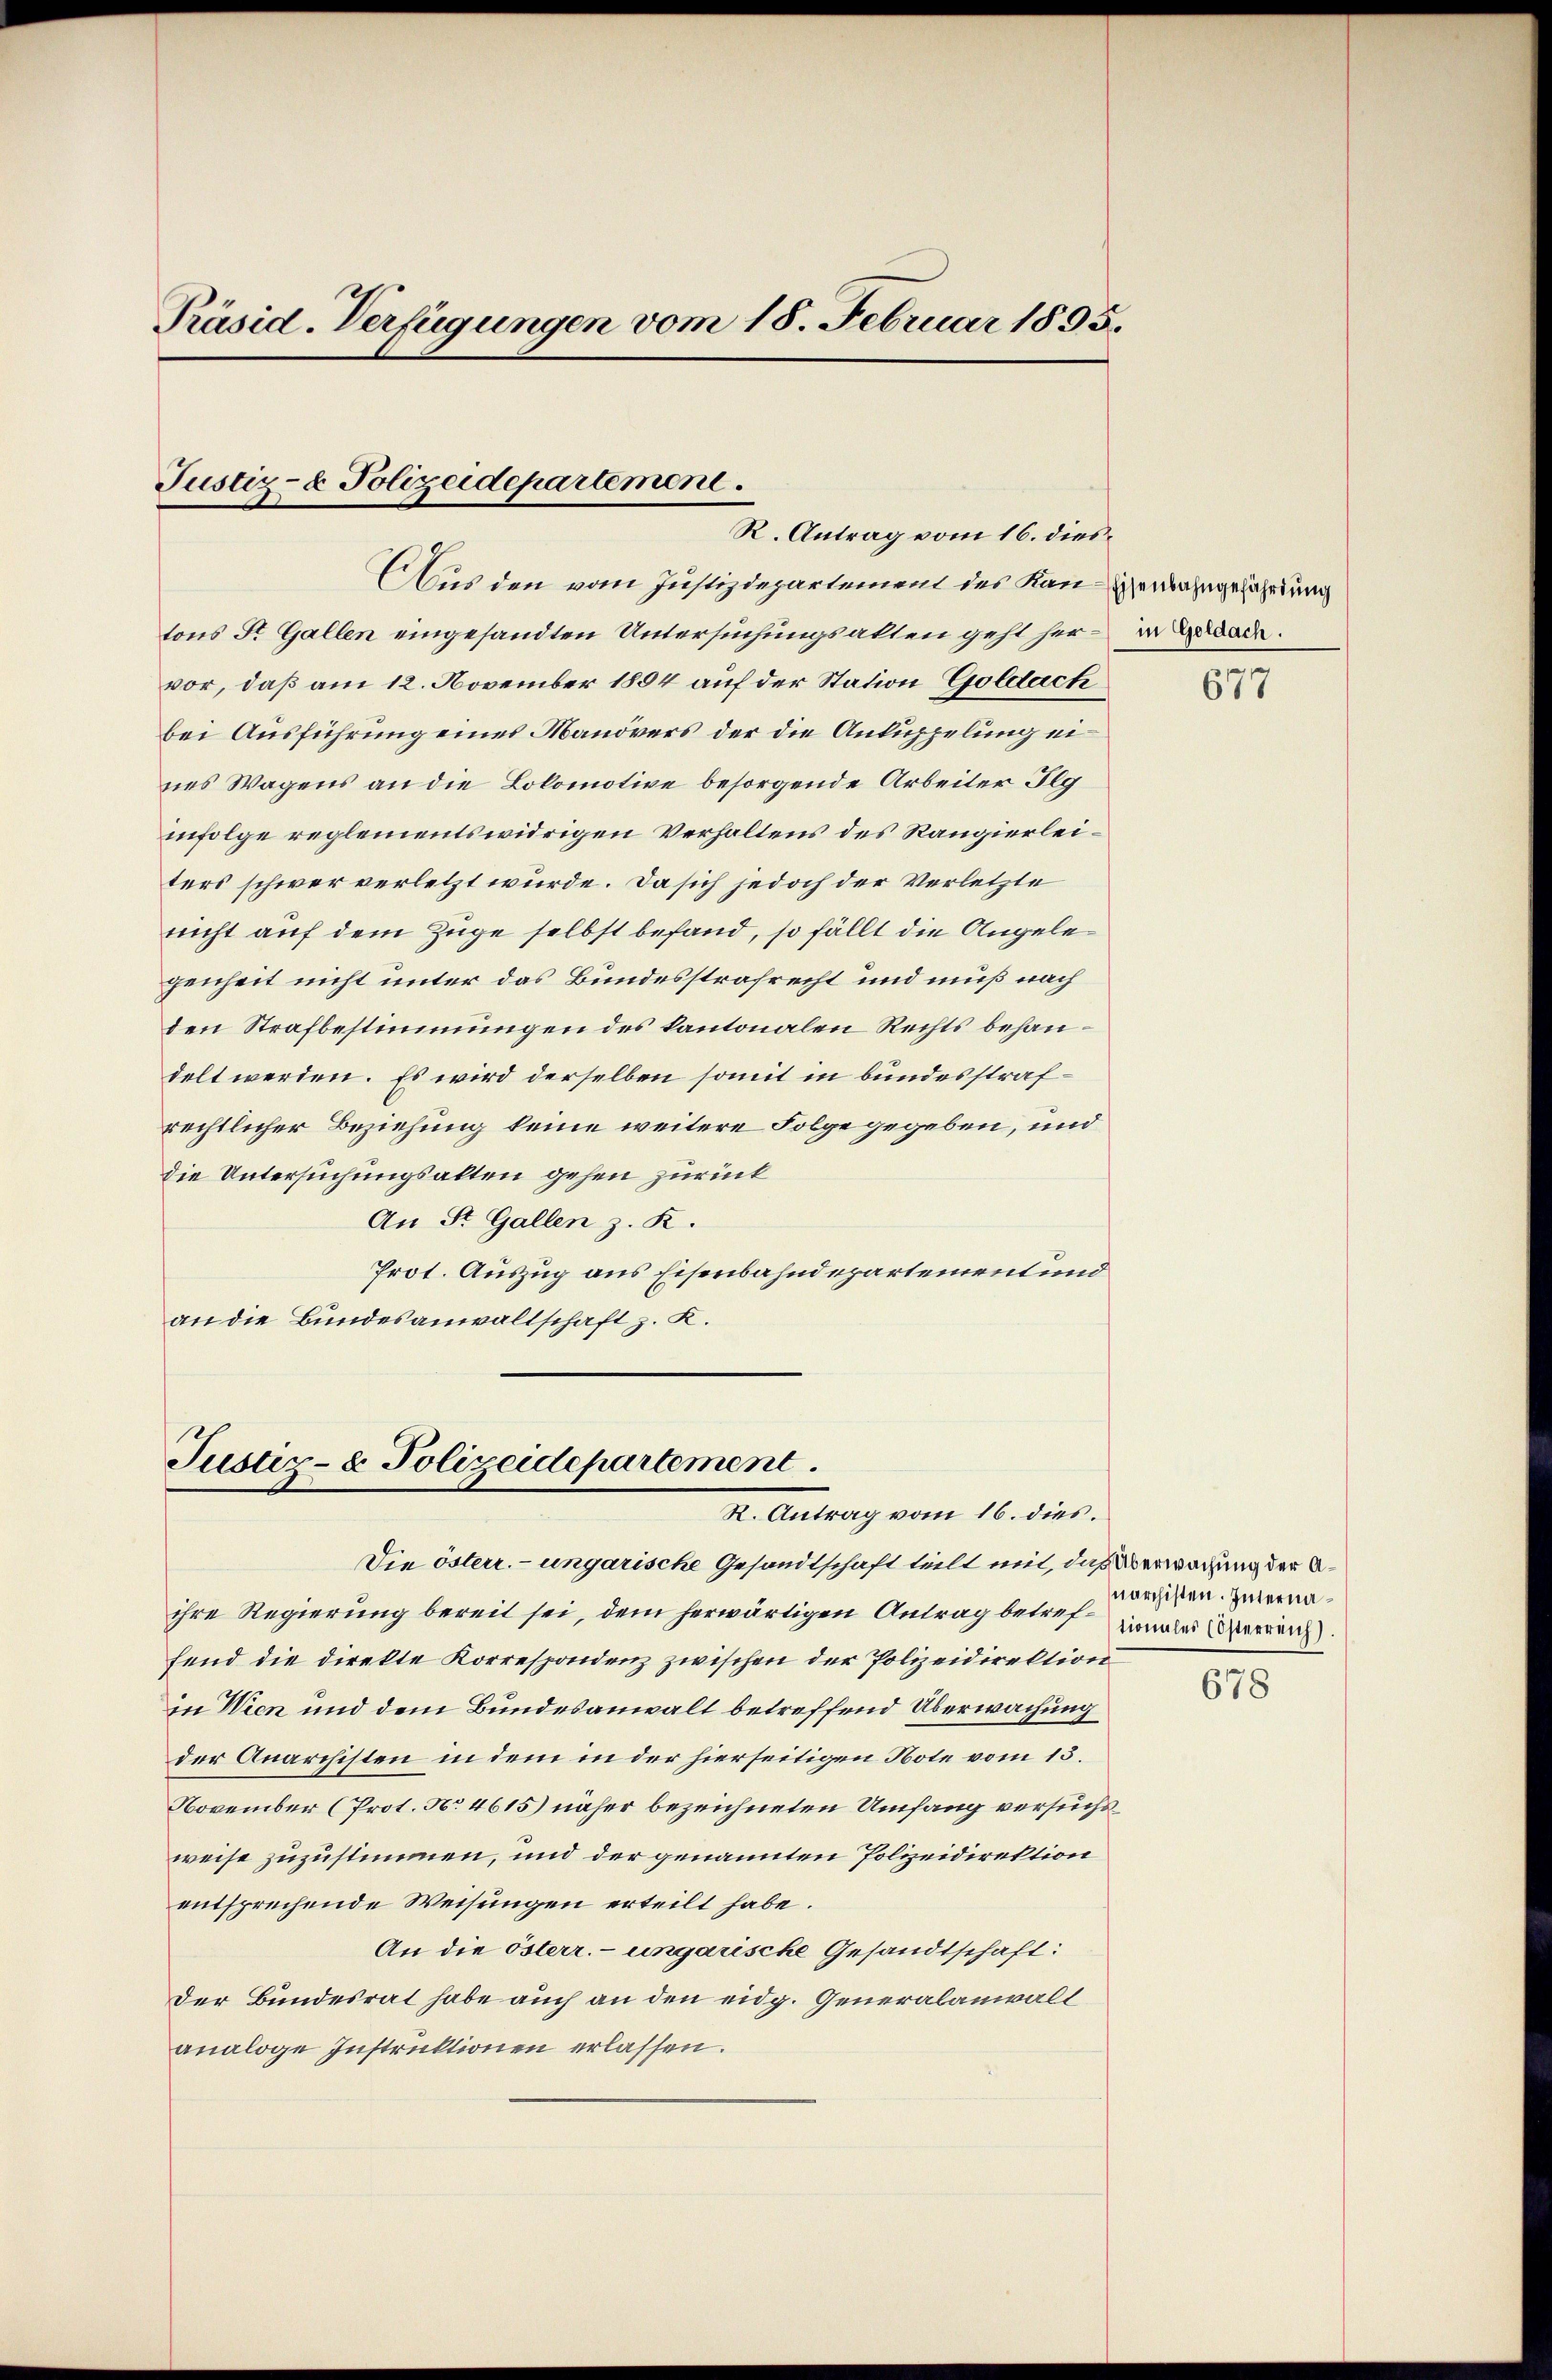
Präsid. Verfügungen vom 18. Februar 1895.

Justiz- & Polizeidepartement.
R. Antrag vom 16. dies

Aus den vom Justizdepartement des Kan-Hermahngefährdung
tons St. Gallen eingesandten Untersuchungsalten geht her- erbad.
vor, daß am 12. November 1894 auf der Station Goldach
bei Ausführung eines Manövers der die Ankuppelung eines Wagens an die Lokomotive besorgende Arbeiter Ilg
infolge reglementswidrigen Verhaltens des Rangierleiters schwer verletzt würde. Da sich jedoch der Verletzte
nicht auf dem Züge selbst befand, so fällt die Angelegenheit nicht unter das Bundesstrafrecht und muß nach
den Strafbestimmungen des kantonalen Rechts behandelt werden. Es wird derselben somit in bundesstrafrechtlicher Beziehung keine weitere Folge gegeben, und
die Untersuchungsalten gehen zurück
An St. Gallen z. K.
Prot. Auszug aus Eisenbahndepartement und
an die Bundesanwaltschaft z. K.

Justiz- & Polizeidepartement
S. Antrag vom 16. dies.

Die österr. ungarische Gesandtschaft teilt mit, das Verwachung der Aihre Regierung bereit sei, dem herwärtigen Antrag betreffend die direkte Korrespondenz zwischen der Polizeidirektion
in Wien und dem Bundesanwalt betreffend Überwachung
der Anarchisten in dem in der hierseitigen Note vom 15.
November (Prot. No 4615) näher bezeichneten Umfang versuchsweise zuzustimmen, und der genannten Polizeidirektion
entsprechende Weisungen erteilt habe.
An die österr. ungarische Gesandtschaft:
Der Bundesrat habe auch an den eidg. Generalanwall
analoge Instruktionen erlassen.

677

narchisten. Internationales (Österreich

678